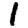
Digit: 1